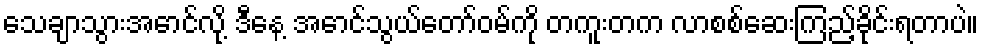
သေချာသွားအောင်လို့ ဒီနေ့ အောင်သွယ်တော်ဝမ်ကို တကူးတက လာစစ်ဆေးကြည့်ခိုင်းရတာပဲ။